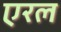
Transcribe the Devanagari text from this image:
एरल